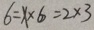
6 = x \times 6 = 2 \times 3